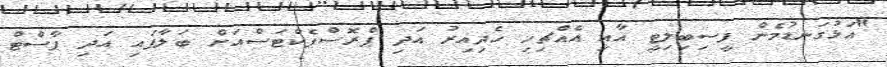
"އަޅުގަނޑުމެން ފީސިބިލިޓީ އާއި އެއްޗިހި ހެދިއިރު އަދި ޕްރޮސްޕެކްޓަސްއަށް ބަލާފައި އަދި ޕާސްޓް